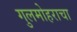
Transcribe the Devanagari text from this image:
गुलमोहराचा